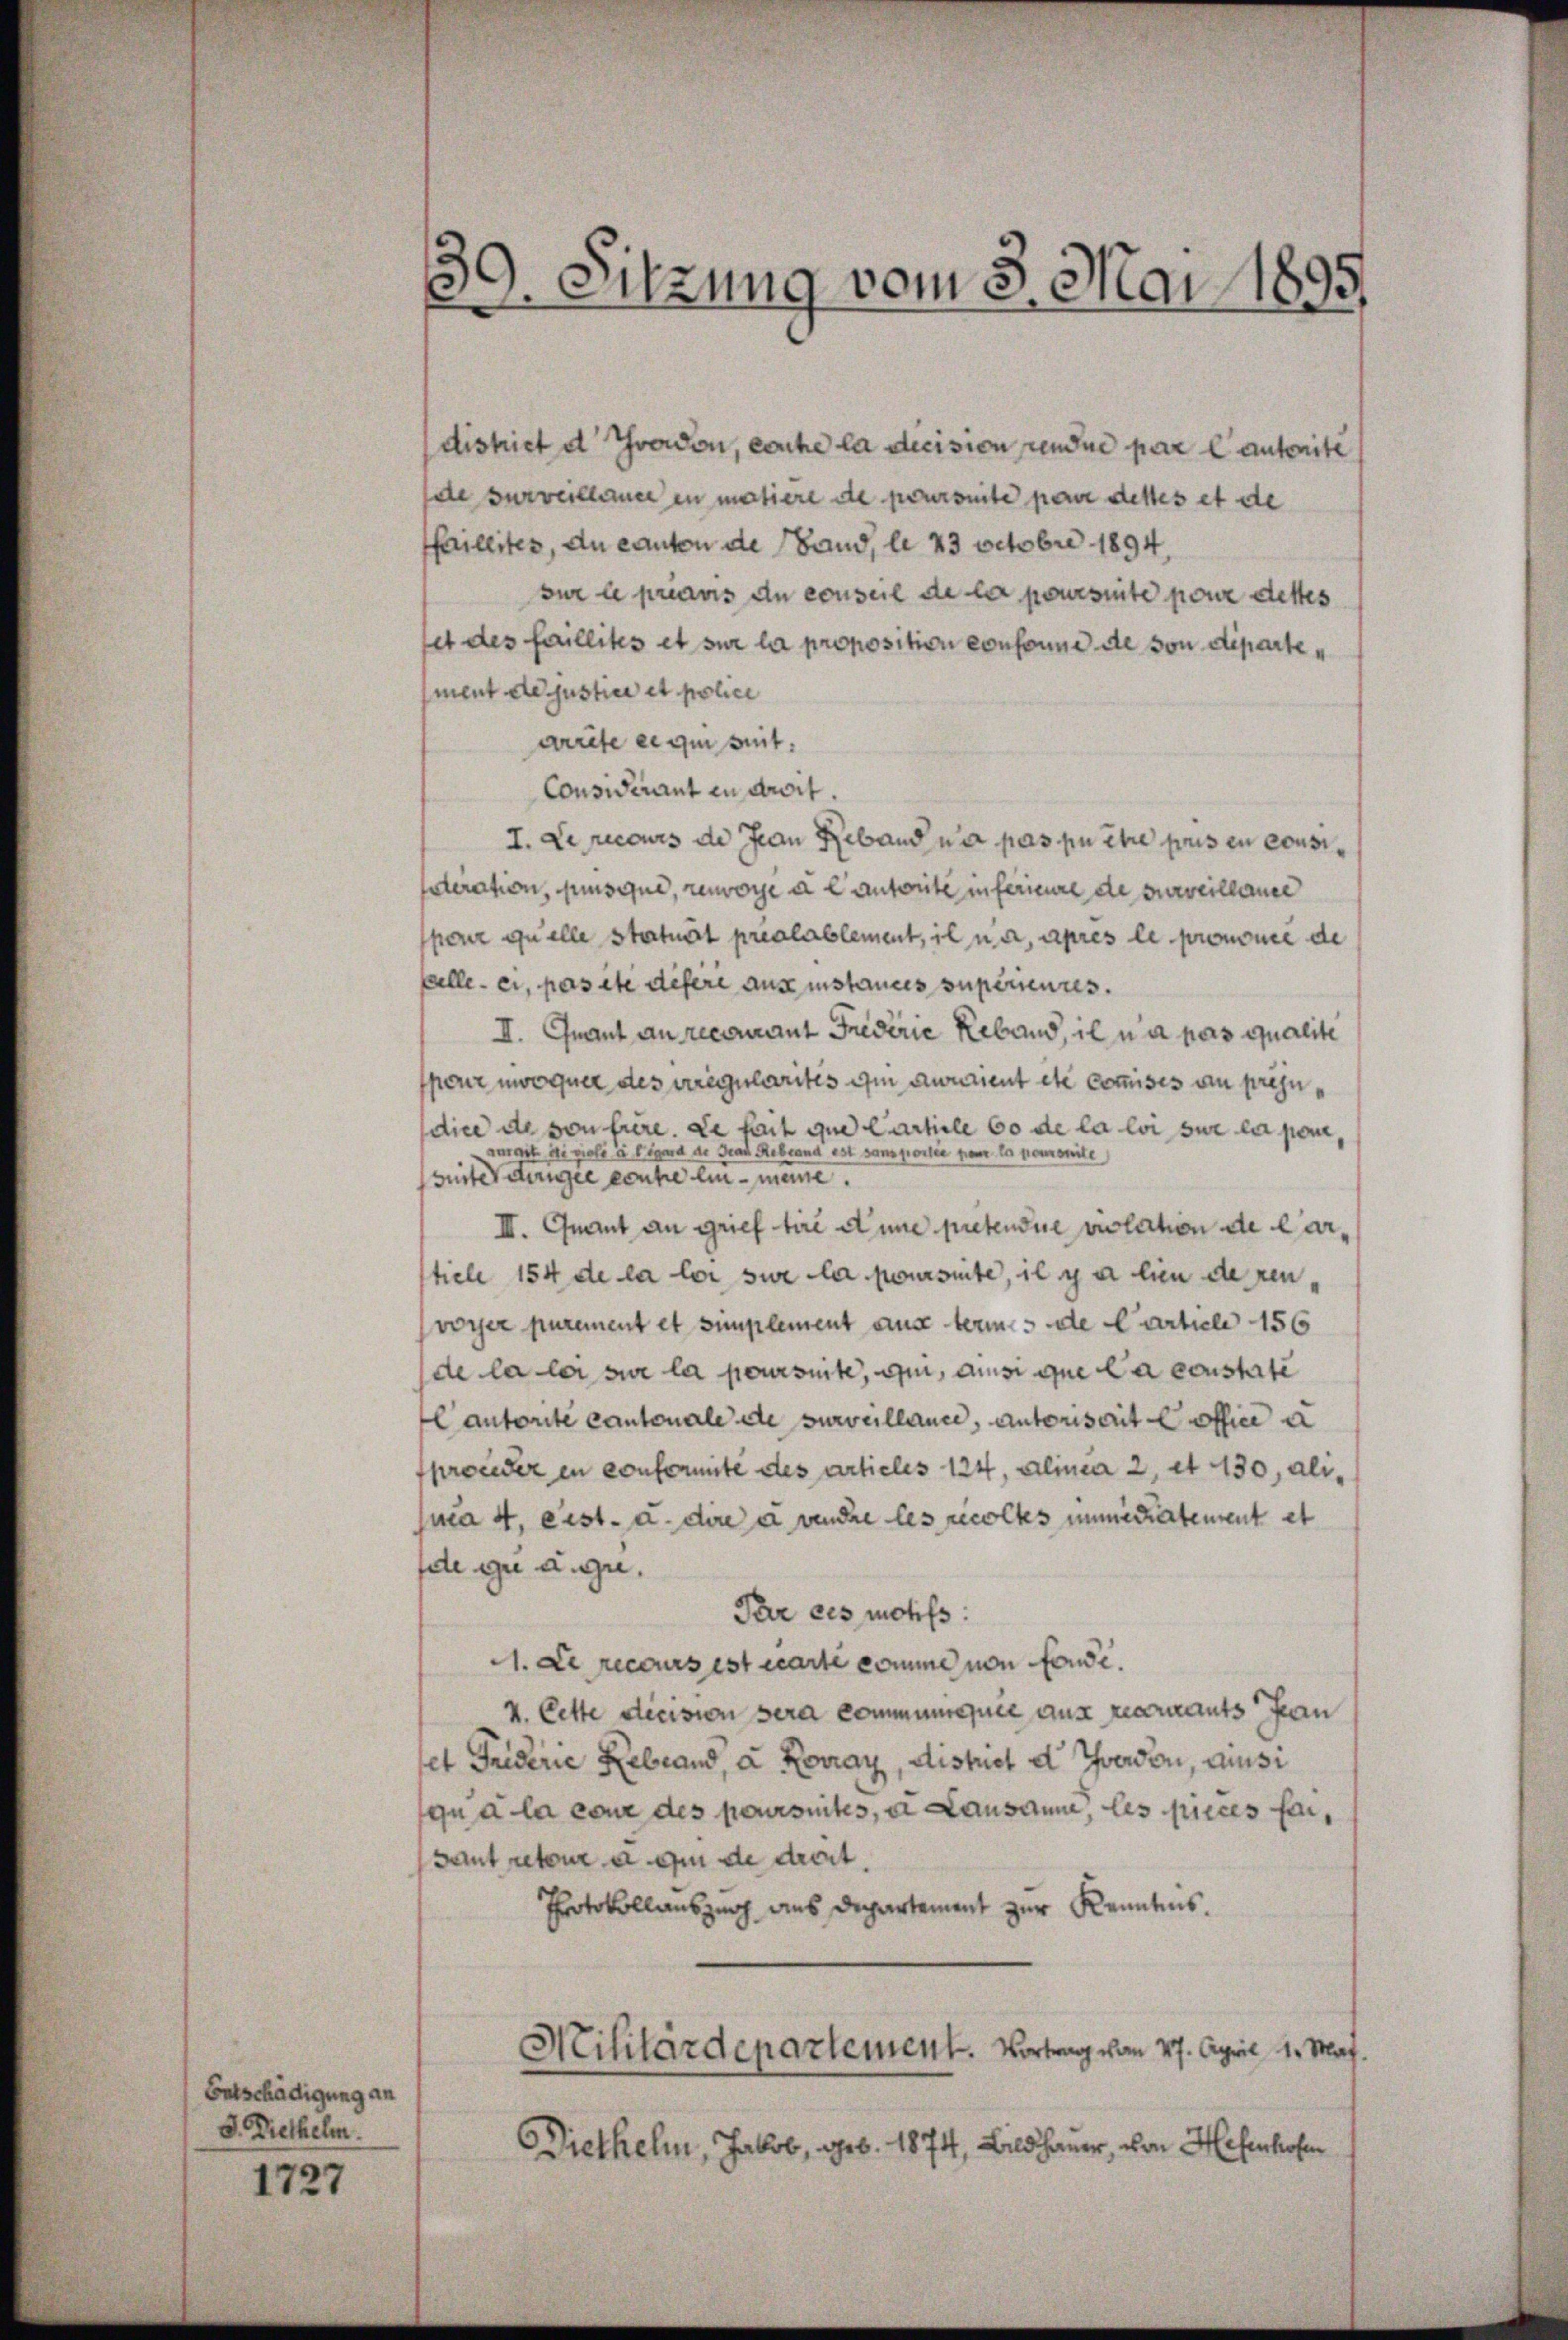
Entschädigung an
S. Diethelm.

1727

39. Sitzung vom 8. Mai 1895

district d Yverdon, conte la decision pendue par lauterite
de surveilland in matiere de poursuite par dettes et de
Pfaillites, du canton de Band, le 23 Octobr 1894.
sur le préavis du conseil de la poursuite pour dettes
set des faillites et sur la proposition consonne de von departement de justice et police
arrete eigen seit
Considérant in droit.
I. de recours de Jean Reband un pas pu ihre pris en consioteration, jusque, renvoye a Cantorte in ferieure de surveillance
pez quelle Statuirt préalablement, il na, après le prononcé de
falle er, pas et disere aus instances superientes.
II. Crant an recourant Friderie Reband, il n’a pas qualite
pour mvoquer des erregularitis ihm auraient etc commisis au prezudice de von hiere. Da hait que Cartiele 60 de la loi sur la pom,
aurait di violi à figend de Grad Rebland est sansportie par la premonite)
suite dingere conte ein meine.
III. Quant an grief tiré aine pretendue violation de Carstiele 154 de la loi sue la poursuite, il y a lien de renvorher purement et simplement aus term 3 de Carticle 156
de la loi sur la poursuite, qui, ainsi que la constate
Cantorte Cantonale de surveillance, Antonseit office a
proceder en conformite des articles 124, Alinea 2, et 130, alima 4, eist. a. die a vendre les recoltes immerratement et
de zu u. gu
Par ces motifs
A. de recours est écarte comme von fonde.
v. Cette dicision sera communiquée aus receritants fran
et Friderie Rebrand, a Ronay, district d Ivandon, aussi
qu à la cour des poursuites, et Lausanne, les pieces ferbaut retour a qui de droit.
Protokollauszug aus Departement zur Kenntnis.
Militärdepartement. Vortrag vom 27. April 1. Mai.
Diethelm, Jakob, geb. 1874, Bildhauer, von Hefenhofe